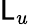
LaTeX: \mathsf{L}_{u}